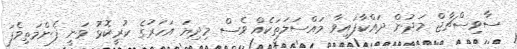
ސާވިސްޗާޖް މަދުން ދައްކާފައިވާ މައްސަލަތަކެއް ވެސް މިދިޔަ އަހަރުގެ ކުރީކޮޅު ވަނީ ފެންމަތިވެފަ